Leaving Certificate Examination, 1910
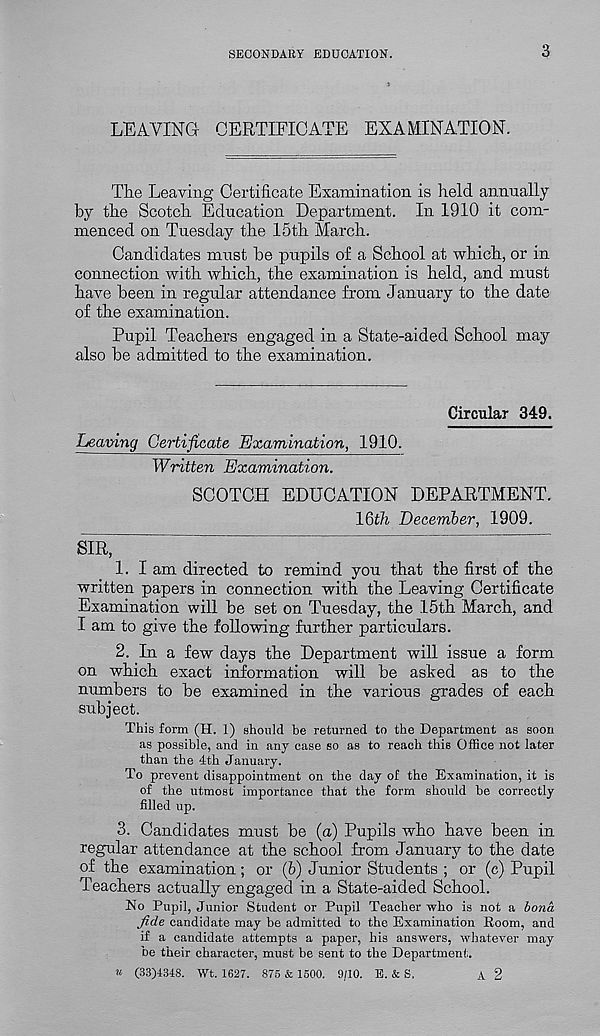
SECONDARY EDUCATION.
3
LEAVING CERTIFICATE EXAMINATION.
The Leaving Certificate Examination is held annually
by the Scotch Education Department. In 1910 it com-
menced on Tuesday the 15th March.
Candidates must he pupils of a School at which, or in
connection with which, the examination is held, and must
have been in regular attendance from January to the date
of the examination.
Pupil Teachers engaged in a State-aided School may
also he admitted to the examination.
Circular 349.
Leaving Certificate Examination, 1910.
Written Examination.
SCOTCH EDUCATION DEPARTMENT.
16th December, 1909.
SIRT~
1. I am directed to remind you that the first of the
written papers in connection with the Leaving Certificate
Examination will be set on Tuesday, the 15th March, and
I am to give the following further particulars.
2. In a few days the Department will issue a form
on which exact information will he ashed as to the
numbers to be examined in the various grades of each
subject.
This form (H. 1) should be returned to the Department as soon
as possible, and in any case so as to reach this Office not later
than the 4th January.
To prevent disappointment on the day of the Examination, it is
of the utmost importance that the form should be correctly
filled up.
3. Candidates must be (a) Pupils who have been in
regular attendance at the school from January to the date
of the examination; or (6) Junior Students ; or (c) Pupil
Teachers actually engaged in a State-aided School.
No Pupil, Junior .Student or Pupil Teacher who is not a bona
fide candidate may be admitted to the Examination Room, and
if a candidate attempts a paper, his answers, whatever may
be their character, must be sent to the Department.
u (33)4348. Wt. 1627. 875 & 1500. 9/10. E. & S,
A 2